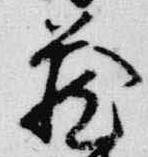
蔵